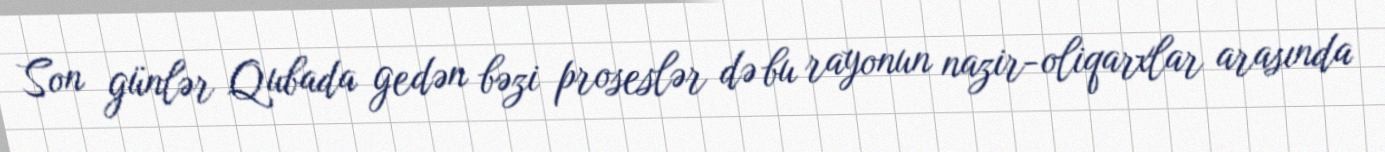
Son günlər Qubada gedən bəzi proseslər də bu rayonun nazir-oliqarxlar arasında